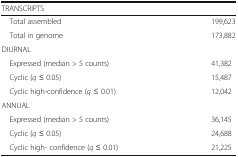
<table><thead><tr><td colspan="2"><b>TRANSCRIPTS</b></td></tr></thead><tbody><tr><td> Total assembled</td><td>199,623</td></tr><tr><td> Total in genome</td><td>173,882</td></tr><tr><td colspan="2">DIURNAL</td></tr><tr><td> Expressed (median &gt; 5 counts)</td><td>41,382</td></tr><tr><td> Cyclic (<i>q</i> ≤ 0.05)</td><td>15,487</td></tr><tr><td> Cyclic high-confidence (<i>q</i> ≤ 0.01)</td><td>12,042</td></tr><tr><td colspan="2">ANNUAL</td></tr><tr><td> Expressed (median &gt; 5 counts)</td><td>36,145</td></tr><tr><td> Cyclic (<i>q</i> ≤ 0.05)</td><td>24,688</td></tr><tr><td> Cyclic high- confidence (<i>q</i> ≤ 0.01)</td><td>21,225</td></tr></tbody></table>